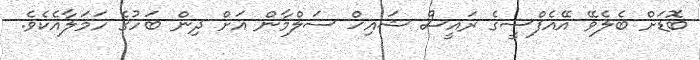
ބޮޑަށް ބެލެވޭ އޭއެފްސީގެ ރައީސް ޝައިޚް ސަލްމާން އަށް ދިން ބަހުގެ ހަމަލާއެކެވެ.